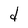
Character: d